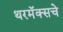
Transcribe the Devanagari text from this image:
थरमॅक्सचे